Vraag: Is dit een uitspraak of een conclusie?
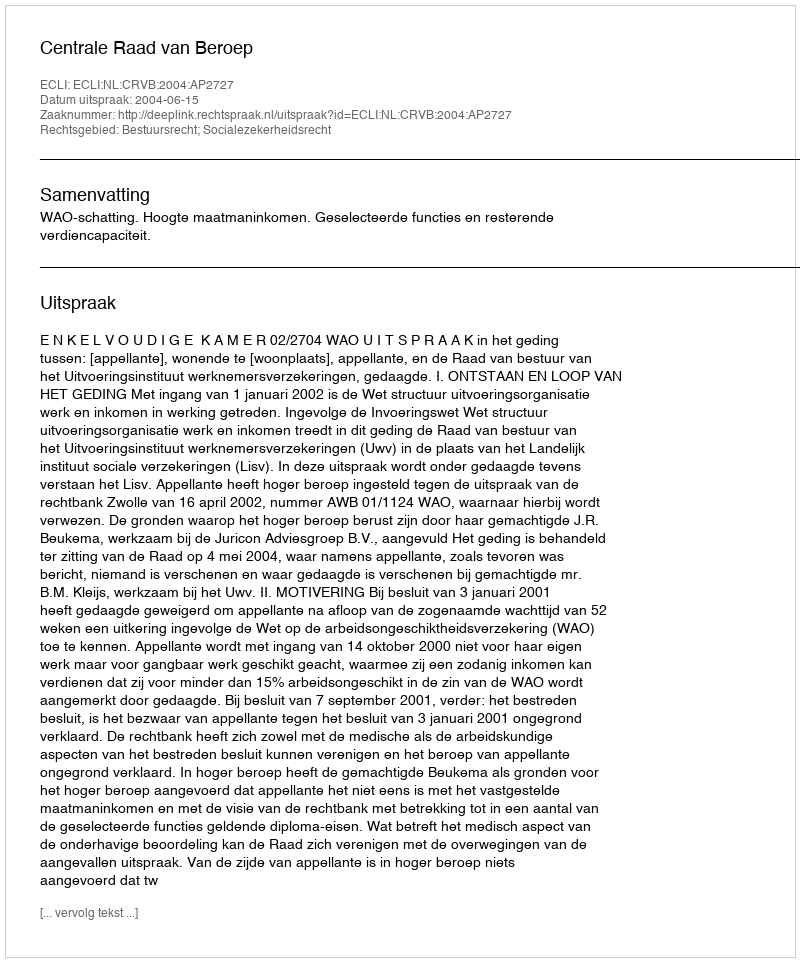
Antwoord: Uitspraak